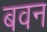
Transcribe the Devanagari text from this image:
बवन